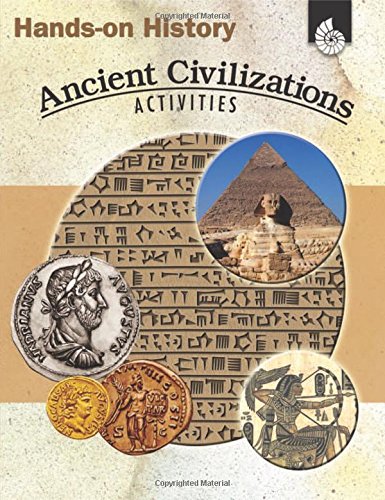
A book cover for Hands-on History: Ancient Civilizations Activities (Hands-On History Activities); Garth Sundem; History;